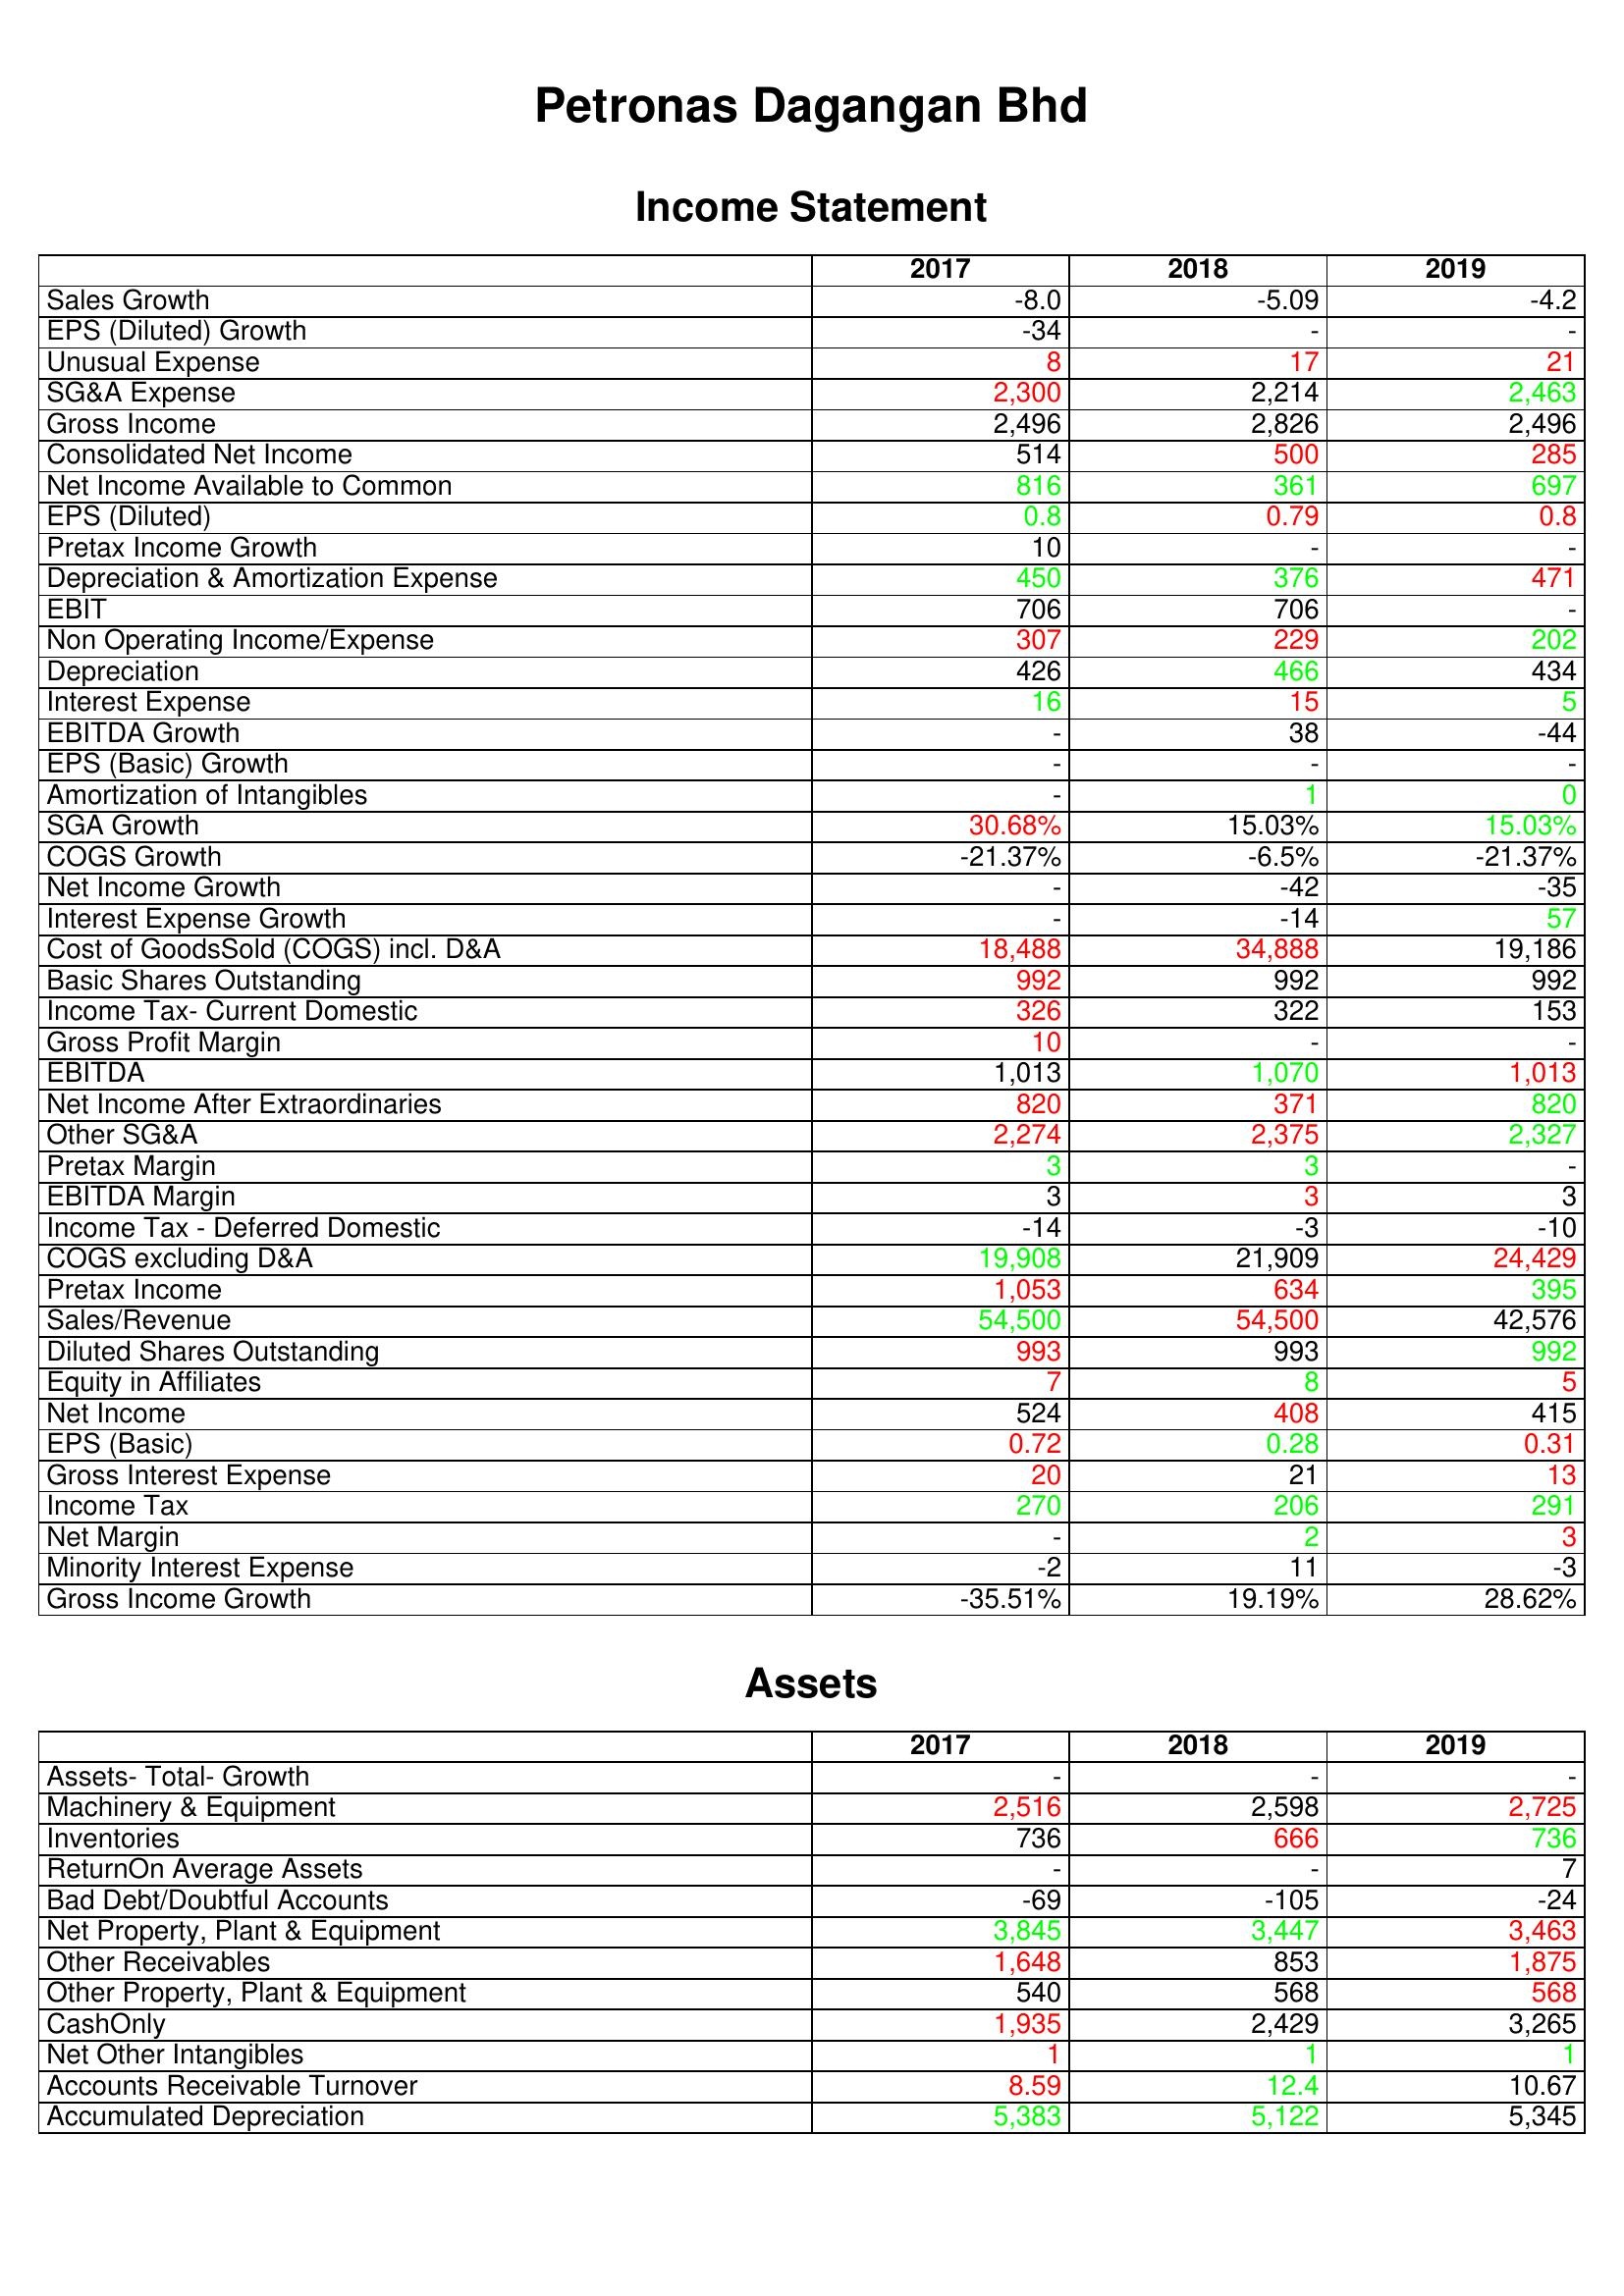
gt_parse: 2017: Income Statement: Sales Growth: -8.0
EPS (Diluted) Growth: -34
Unusual Expense: 8
SG&A Expense: 2,300
Gross Income: 2,496
Consolidated Net Income: 514
Net Income Available to Common: 816
EPS (Diluted): 0.8
Pretax Income Growth: 10
Depreciation & Amortization Expense: 450
EBIT: 706
Non Operating Income/Expense: 307
Depreciation: 426
Interest Expense: 16
EBITDA Growth: -
EPS (Basic) Growth: -
Amortization of Intangibles: -
SGA Growth: 30.68%
COGS Growth: -21.37%
Net Income Growth: -
Interest Expense Growth: -
Cost of GoodsSold (COGS) incl. D&A: 18,488
Basic Shares Outstanding: 992
Income Tax- Current Domestic: 326
Gross Profit Margin: 10
EBITDA: 1,013
Net Income After Extraordinaries: 820
Other SG&A: 2,274
Pretax Margin: 3
EBITDA Margin: 3
Income Tax - Deferred Domestic: -14
COGS excluding D&A: 19,908
Pretax Income: 1,053
Sales/Revenue: 54,500
Diluted Shares Outstanding: 993
Equity in Affiliates: 7
Net Income: 524
EPS (Basic): 0.72
Gross Interest Expense: 20
Income Tax: 270
Net Margin: -
Minority Interest Expense: -2
Gross Income Growth: -35.51%
Assets: Assets- Total- Growth: -
Machinery & Equipment: 2,516
Inventories: 736
ReturnOn Average Assets: -
Bad Debt/Doubtful Accounts: -69
Net Property, Plant & Equipment: 3,845
Other Receivables: 1,648
Other Property, Plant & Equipment: 540
CashOnly: 1,935
Net Other Intangibles: 1
Accounts Receivable Turnover: 8.59
Accumulated Depreciation: 5,383
2018: Income Statement: Sales Growth: -5.09
EPS (Diluted) Growth: -
Unusual Expense: 17
SG&A Expense: 2,214
Gross Income: 2,826
Consolidated Net Income: 500
Net Income Available to Common: 361
EPS (Diluted): 0.79
Pretax Income Growth: -
Depreciation & Amortization Expense: 376
EBIT: 706
Non Operating Income/Expense: 229
Depreciation: 466
Interest Expense: 15
EBITDA Growth: 38
EPS (Basic) Growth: -
Amortization of Intangibles: 1
SGA Growth: 15.03%
COGS Growth: -6.5%
Net Income Growth: -42
Interest Expense Growth: -14
Cost of GoodsSold (COGS) incl. D&A: 34,888
Basic Shares Outstanding: 992
Income Tax- Current Domestic: 322
Gross Profit Margin: -
EBITDA: 1,070
Net Income After Extraordinaries: 371
Other SG&A: 2,375
Pretax Margin: 3
EBITDA Margin: 3
Income Tax - Deferred Domestic: -3
COGS excluding D&A: 21,909
Pretax Income: 634
Sales/Revenue: 54,500
Diluted Shares Outstanding: 993
Equity in Affiliates: 8
Net Income: 408
EPS (Basic): 0.28
Gross Interest Expense: 21
Income Tax: 206
Net Margin: 2
Minority Interest Expense: 11
Gross Income Growth: 19.19%
Assets: Assets- Total- Growth: -
Machinery & Equipment: 2,598
Inventories: 666
ReturnOn Average Assets: -
Bad Debt/Doubtful Accounts: -105
Net Property, Plant & Equipment: 3,447
Other Receivables: 853
Other Property, Plant & Equipment: 568
CashOnly: 2,429
Net Other Intangibles: 1
Accounts Receivable Turnover: 12.4
Accumulated Depreciation: 5,122
2019: Income Statement: Sales Growth: -4.2
EPS (Diluted) Growth: -
Unusual Expense: 21
SG&A Expense: 2,463
Gross Income: 2,496
Consolidated Net Income: 285
Net Income Available to Common: 697
EPS (Diluted): 0.8
Pretax Income Growth: -
Depreciation & Amortization Expense: 471
EBIT: -
Non Operating Income/Expense: 202
Depreciation: 434
Interest Expense: 5
EBITDA Growth: -44
EPS (Basic) Growth: -
Amortization of Intangibles: 0
SGA Growth: 15.03%
COGS Growth: -21.37%
Net Income Growth: -35
Interest Expense Growth: 57
Cost of GoodsSold (COGS) incl. D&A: 19,186
Basic Shares Outstanding: 992
Income Tax- Current Domestic: 153
Gross Profit Margin: -
EBITDA: 1,013
Net Income After Extraordinaries: 820
Other SG&A: 2,327
Pretax Margin: -
EBITDA Margin: 3
Income Tax - Deferred Domestic: -10
COGS excluding D&A: 24,429
Pretax Income: 395
Sales/Revenue: 42,576
Diluted Shares Outstanding: 992
Equity in Affiliates: 5
Net Income: 415
EPS (Basic): 0.31
Gross Interest Expense: 13
Income Tax: 291
Net Margin: 3
Minority Interest Expense: -3
Gross Income Growth: 28.62%
Assets: Assets- Total- Growth: -
Machinery & Equipment: 2,725
Inventories: 736
ReturnOn Average Assets: 7
Bad Debt/Doubtful Accounts: -24
Net Property, Plant & Equipment: 3,463
Other Receivables: 1,875
Other Property, Plant & Equipment: 568
CashOnly: 3,265
Net Other Intangibles: 1
Accounts Receivable Turnover: 10.67
Accumulated Depreciation: 5,345